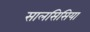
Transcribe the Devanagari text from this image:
सालसिसिया